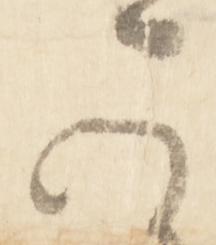
可